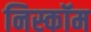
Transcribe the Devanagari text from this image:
निस्कॉम